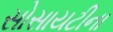
સોસાયટીના